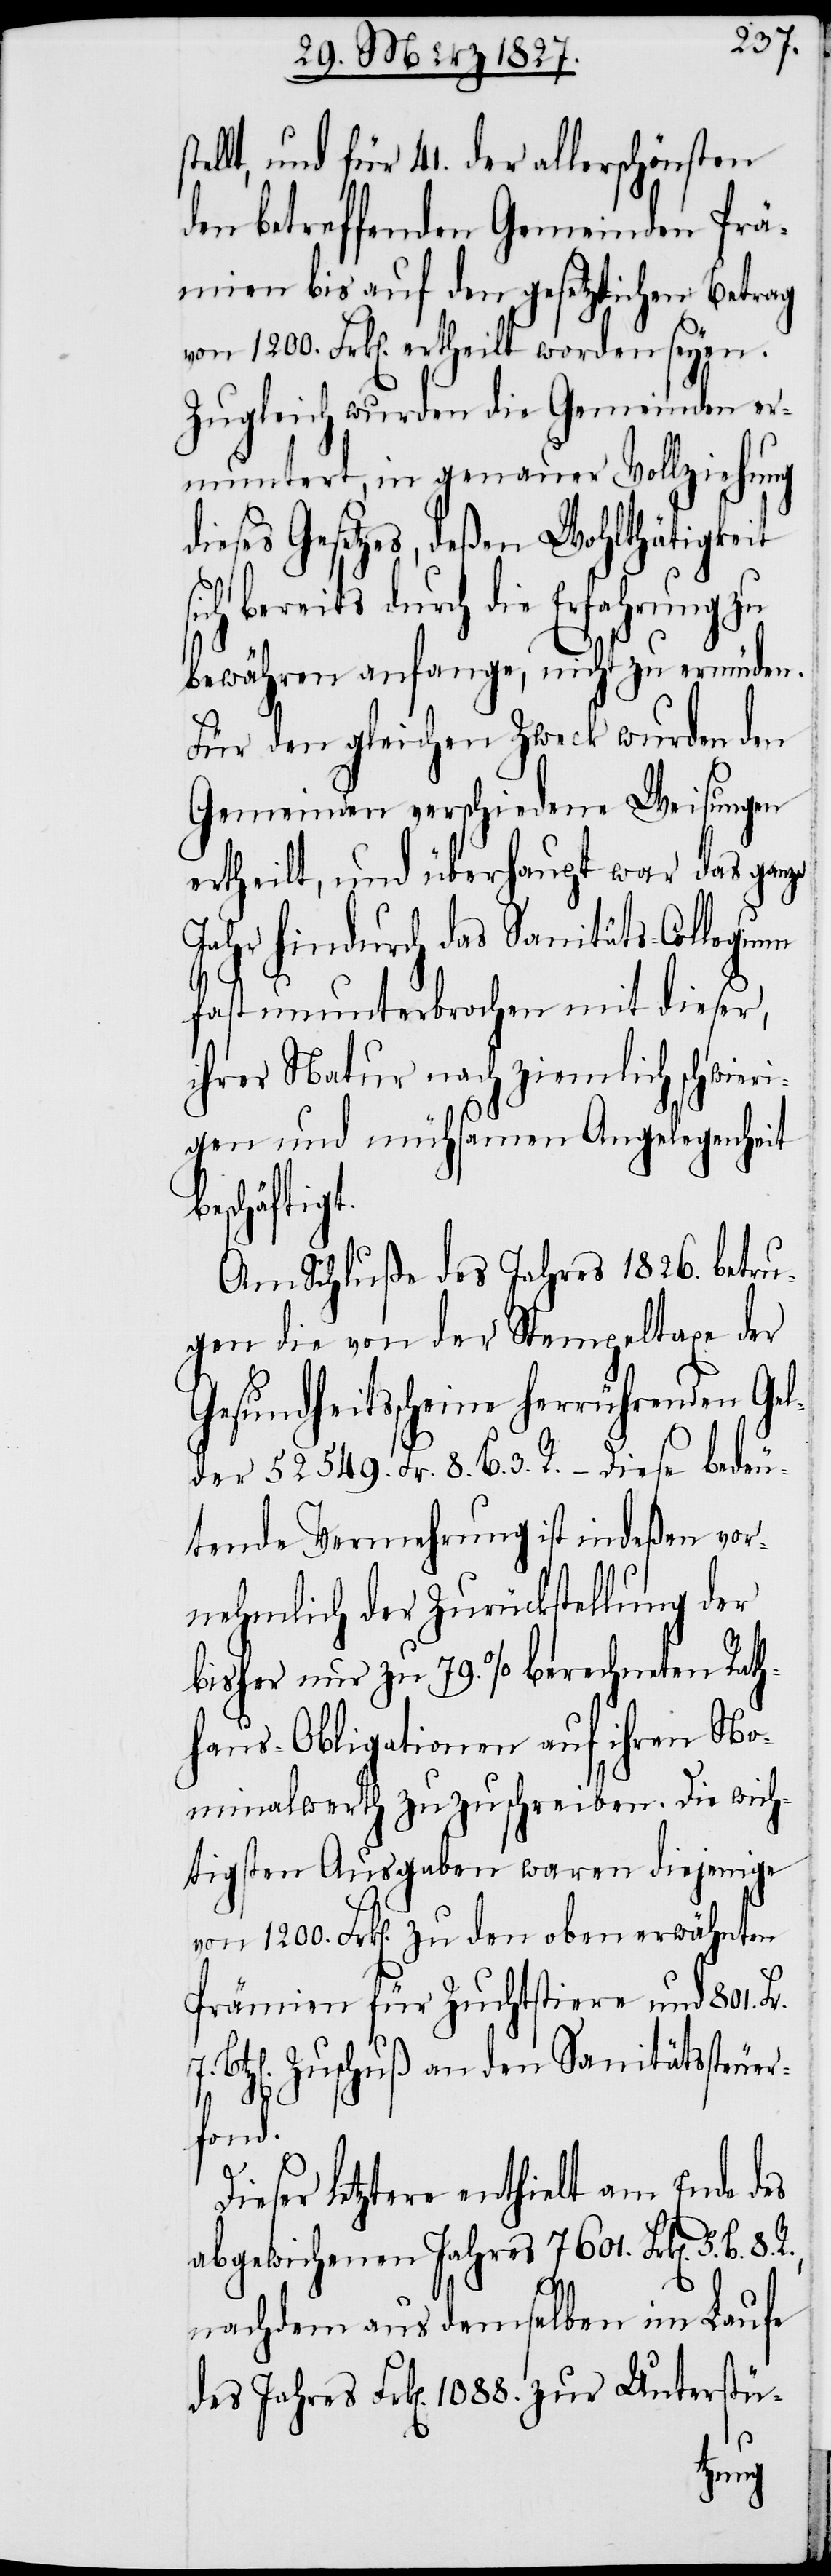
ellt, und für 41. der allerschönsten
den betreffenden Gemeinden Prä¬
mien bis auf den gesetzlichen Betrag
von 1200. Frk[en]. ertheilt worden seyen.
Zugleich wurden die Gemeinden er¬
muntert, in genauer Vollziehung
dieses Gesetzes, deßen Wohlthätigkeit
sich bereits durch die Erfahrung zu
bewähren anfange, nicht zu ermüden.
Für den gleichen Zweck wurden den
Gemeinden verschiedene Weisungen
ertheilt, und überhaupt war das ganze
Jahr hindurch das Sanitäts-Collegium
fast ununterbrochen mit dieser,
ihrer Natur nach ziemlich schwieri¬
gen und mühsamen Angelegenheit
eschäftigt.
Am Schluße des Jahres 1826. betru¬
gen die von der Stempeltaxe der
Gesundheitsscheine herrührenden Ge¬
lder 52549. Fr. 8. B. 3. R. – Diese bedeu¬
tende Vermehrung ist indeßen vor¬
nehmlich der Zurückstellung der
bisher nur zu 79. % berechneten Rath¬
haus-Obligationen auf ihren No¬
minalwerth zuzuschreiben. Die wich¬
tigsten Ausgaben waren diejenigen
von 1200. Frk[en]. zu den oben erwähnten
Prämien für Zuchtstiere und 801. Fr.
Btz[en]. Zuschuß an den Sanitätssteuer¬
des
fond.
ieser letztere enthielt am Ende des
abgewichenen Jahres 7601. Frk[en]. 5.
R.,
nachdem aus demselben im Laufe
zur